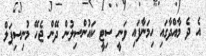
އެ ދެ މާއްދާގައި ހިިމަނާފައި ވަނީ ސިޓީ ކައުންސިލުން ދޭން ޖެހޭ މުނިސިޕަލް